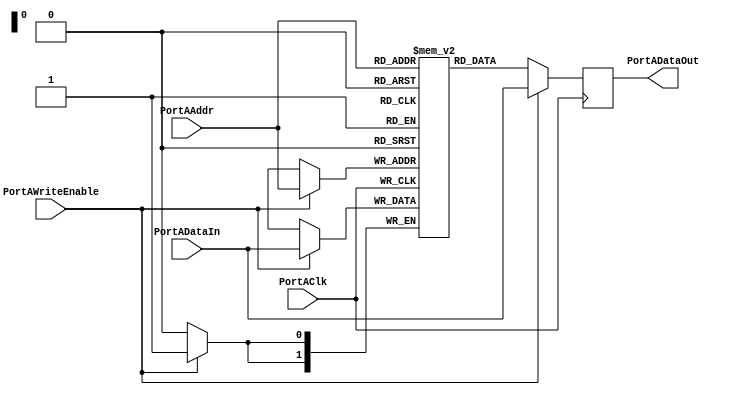
/*Copyright 2019-2021 T-Head Semiconductor Co., Ltd.

Licensed under the Apache License, Version 2.0 (the "License");
you may not use this file except in compliance with the License.
You may obtain a copy of the License at

    http://www.apache.org/licenses/LICENSE-2.0

Unless required by applicable law or agreed to in writing, software
distributed under the License is distributed on an "AS IS" BASIS,
WITHOUT WARRANTIES OR CONDITIONS OF ANY KIND, either express or implied.
See the License for the specific language governing permissions and
limitations under the License.
*/
module fpga_ram(
  PortAClk,
  PortAAddr,
  PortADataIn,
  PortAWriteEnable,
//  PortAChipEnable,
  PortADataOut
);

parameter  DATAWIDTH = 2;
parameter  ADDRWIDTH = 2;

input                     PortAClk;
input   [(ADDRWIDTH-1):0] PortAAddr;
input   [(DATAWIDTH-1):0] PortADataIn;
input                     PortAWriteEnable;
//input                     PortAChipEnable;
output  [(DATAWIDTH-1):0] PortADataOut; 

parameter  MEMDEPTH = 2**(ADDRWIDTH);

reg [(DATAWIDTH-1):0] mem [(MEMDEPTH-1):0] /* synthesis syn_ramstyle = "no_rw_check" */;
reg [(DATAWIDTH-1):0] PortADataOut;

always @(posedge PortAClk)
begin
  if(PortAWriteEnable)
  begin
    mem[PortAAddr]  <= PortADataIn;
    PortADataOut    <= PortADataIn;
  end
  else
  begin
    PortADataOut    <= mem[PortAAddr];
  end
end

//wire [(DATAWIDTH-1):0] tt;
//assign t = mem[PortAAddr];
//always @(posedge PortAClk)
//begin
//  if(PortAWriteEnable)
//  begin
//    PortADataOut    <= PortADataIn;
//  end
//  else
//  begin
//    PortADataOut    <= mem[PortAAddr];
//  end
//end

endmodule